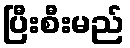
ပြီးစီးမည်